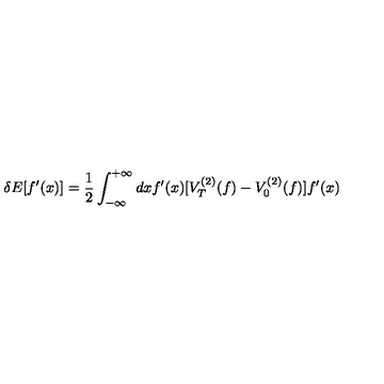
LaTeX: \delta E [ f ^ { \prime } ( x ) ] = { \frac { 1 } { 2 } } \int _ { - \infty } ^ { + \infty } d x f ^ { \prime } ( x ) [ V _ { T } ^ { ( 2 ) } ( f ) - V _ { 0 } ^ { ( 2 ) } ( f ) ] f ^ { \prime } ( x )